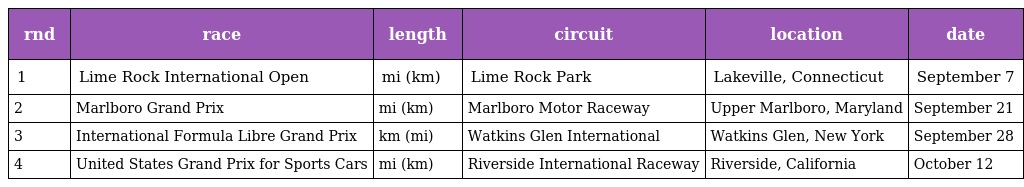
| rnd | race | length | circuit | location | date |
 | --- | --- | --- | --- | --- | --- |
 | 1 | Lime Rock International Open | mi (km) | Lime Rock Park | Lakeville, Connecticut | September 7 |
 | 2 | Marlboro Grand Prix | mi (km) | Marlboro Motor Raceway | Upper Marlboro, Maryland | September 21 |
 | 3 | International Formula Libre Grand Prix | km (mi) | Watkins Glen International | Watkins Glen, New York | September 28 |
 | 4 | United States Grand Prix for Sports Cars | mi (km) | Riverside International Raceway | Riverside, California | October 12 |